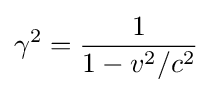
\gamma ^{2}={\frac {1}{1-v^{2}/c^{2}}}